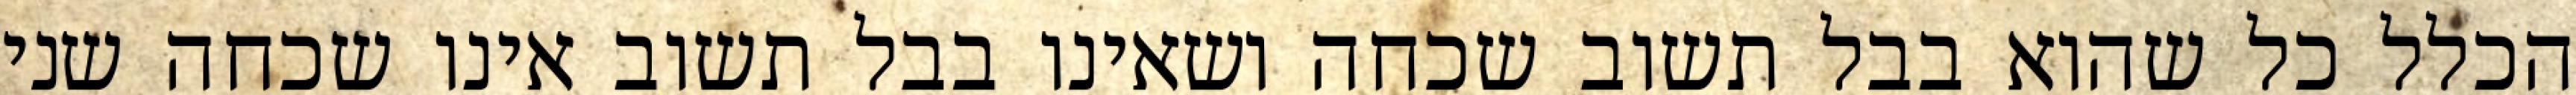
הכלל כל שהוא בבל תשוב שכחה ושאינו בבל תשוב אינו שכחה שני